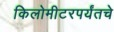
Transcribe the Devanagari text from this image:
किलोमीटरपर्यंतचे